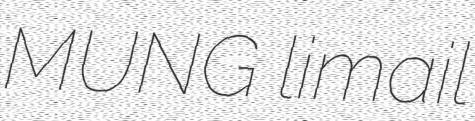
MUNG limail